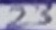
Text: 23